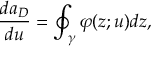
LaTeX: \frac { d a _ { D } } { d u } = \oint _ { \gamma } \varphi ( z ; u ) d z ,